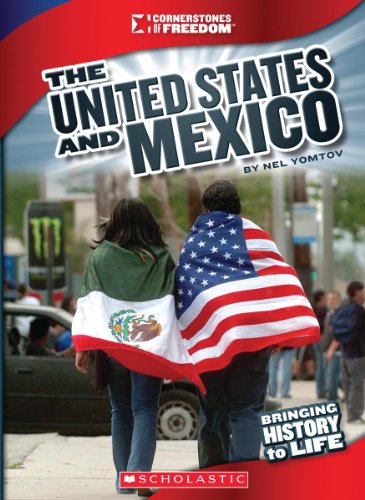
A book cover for The United States and Mexico (Cornerstones of Freedom); Nel Yomtov; Children's Books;